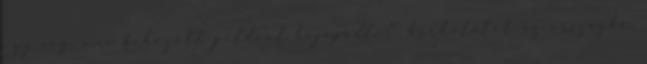
egy cég, ami behozott például hajópadlót, burkolatot az országba,